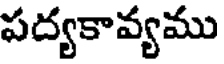
పద్యకావ్యము